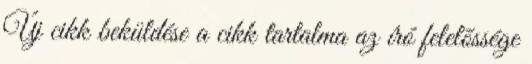
Új cikk beküldése a cikk tartalma az író felelõssége